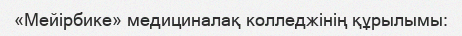
«Мейірбике» медициналақ колледжінің құрылымы: